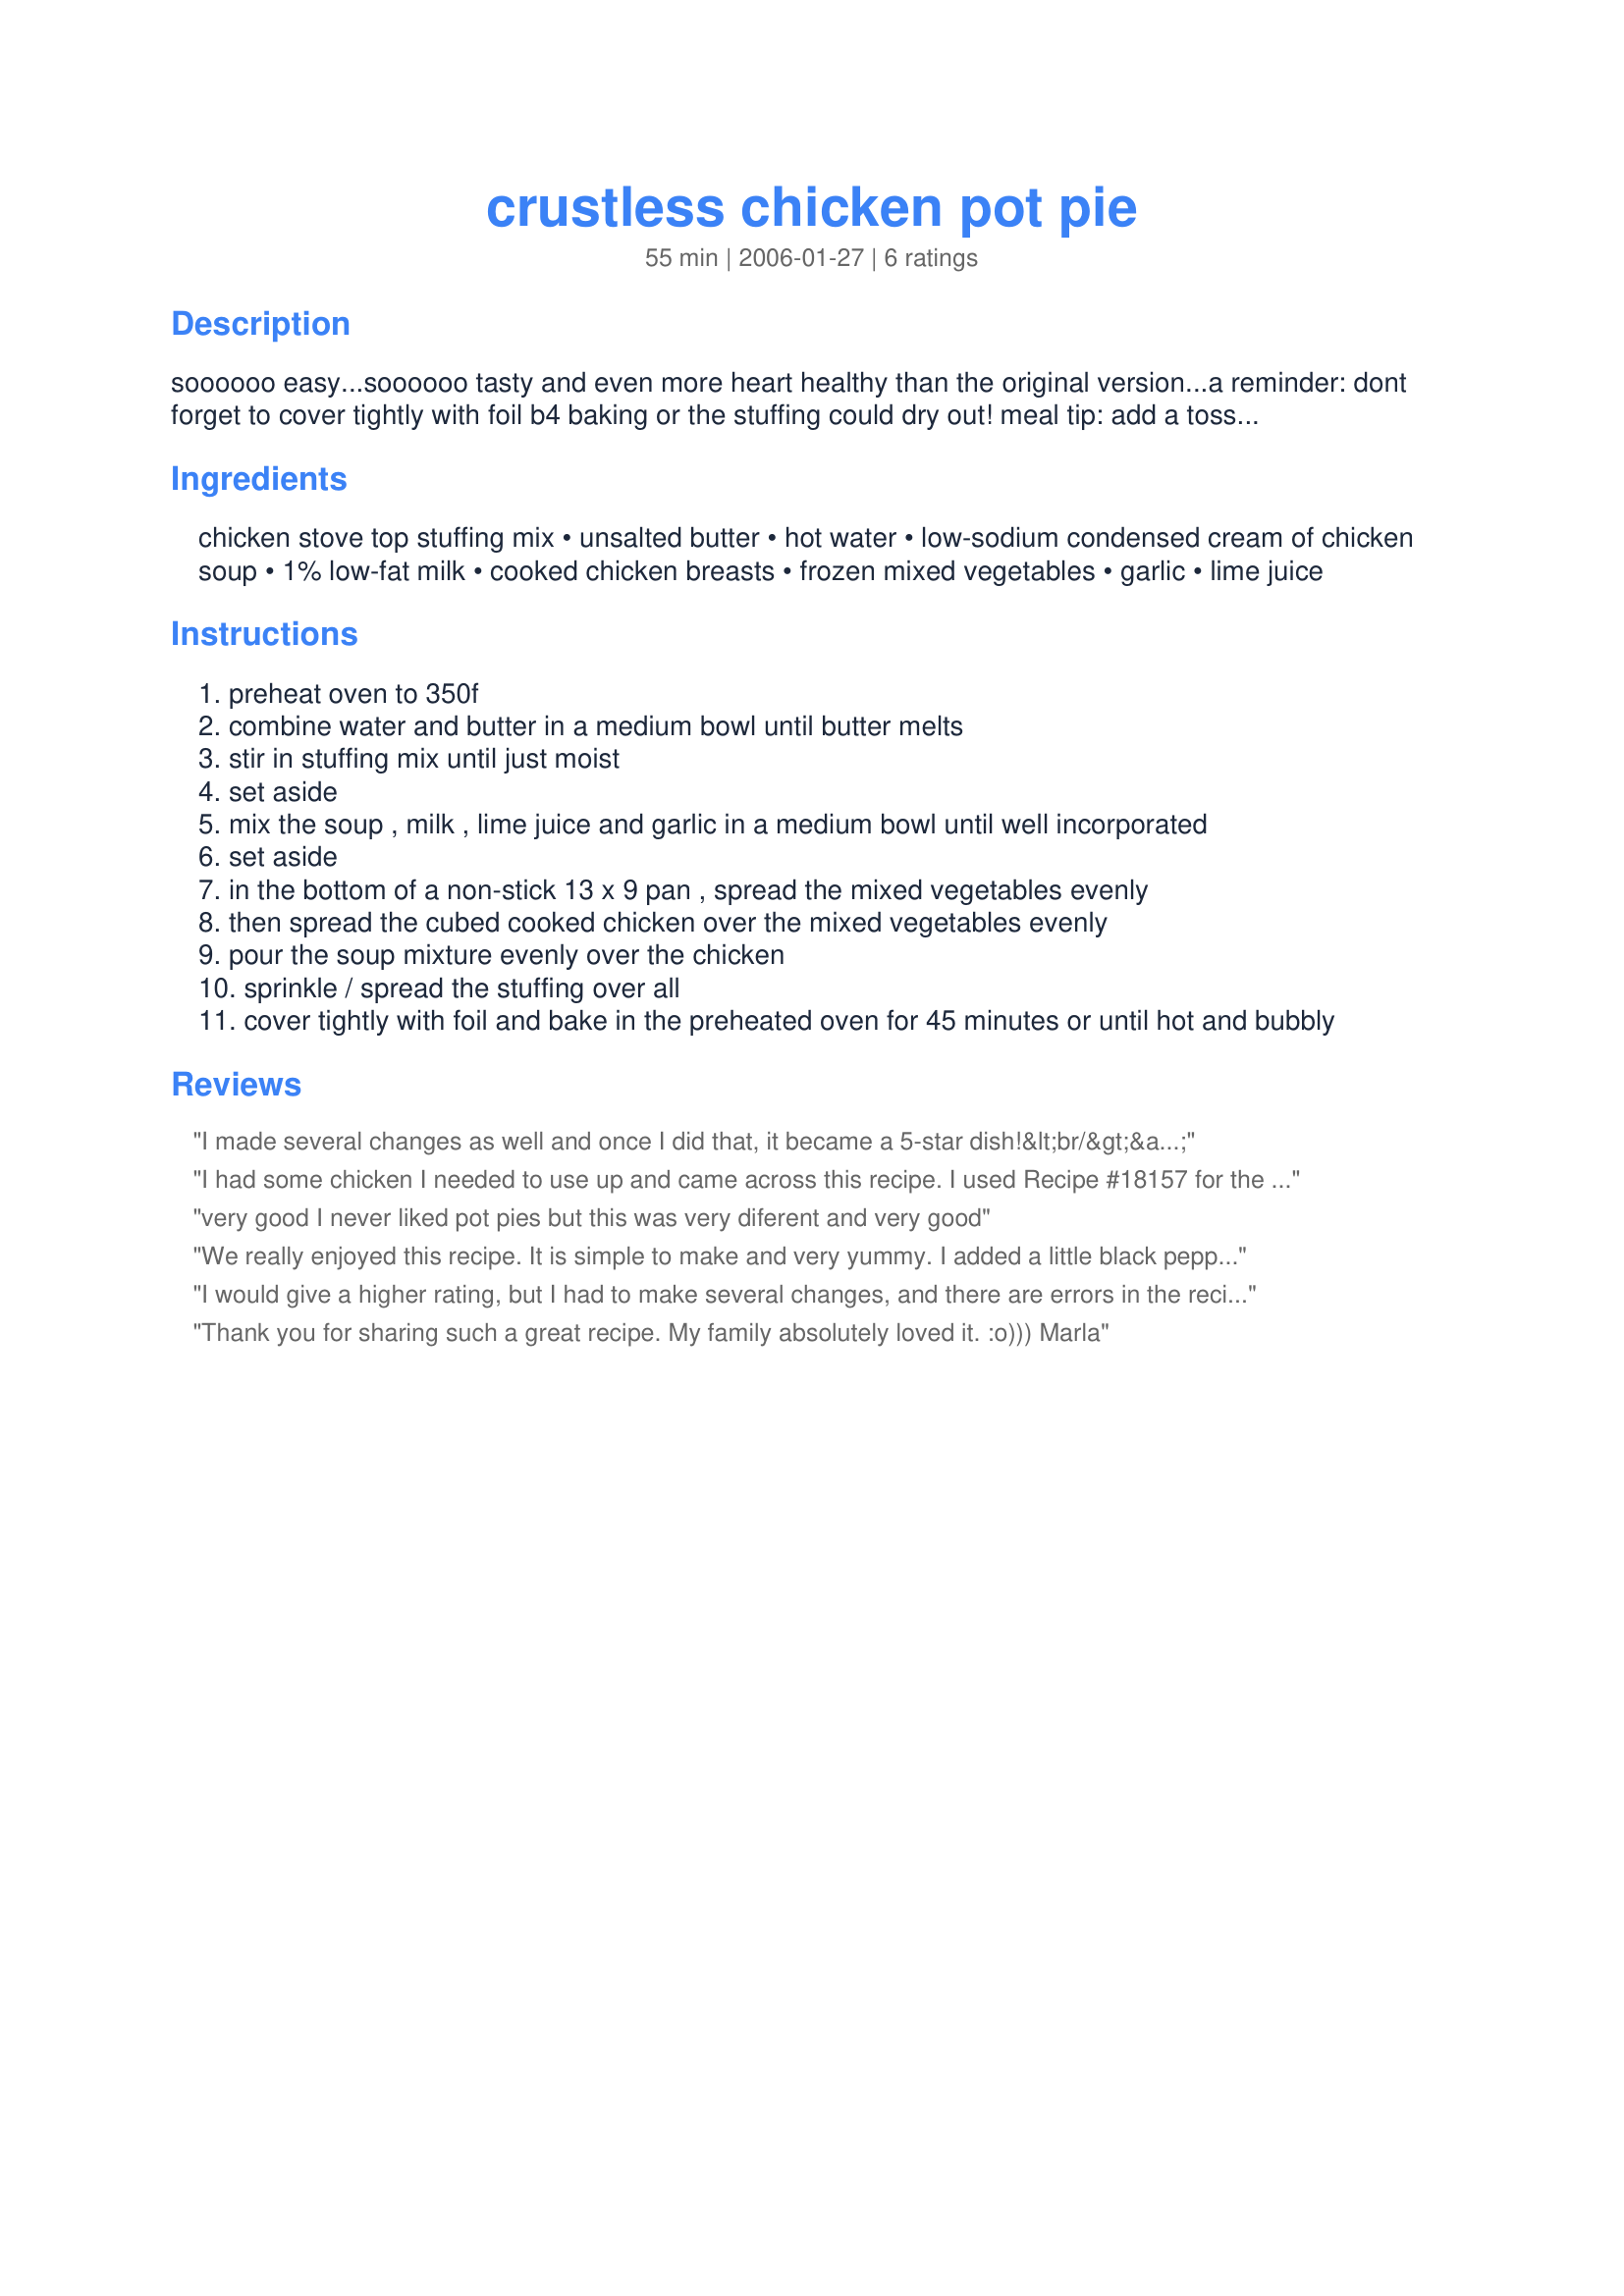
crustless chicken pot pie
Preparation time: 55 minutes

soooooo easy...soooooo tasty and even more heart healthy than the original version...a reminder: dont forget to cover tightly with foil b4 baking or the stuffing could dry out! meal tip: add a tossed salad and have dinner!

Ingredients:
chicken stove top stuffing mix, unsalted butter, hot water, low-sodium condensed cream of chicken soup, 1% low-fat milk, cooked chicken breasts, frozen mixed vegetables, garlic, lime juice

Steps:
preheat oven to 350f
combine water and butter in a medium bowl until butter melts
stir in stuffing mix until just moist
set aside
mix the soup , milk , lime juice and garlic in a medium bowl until well incorporated
set aside
in the bottom of a non-stick 13 x 9 pan , spread the mixed vegetables evenly
then spread the cubed cooked chicken over the mixed vegetables evenly
pour the soup mixture evenly over the chicken
sprinkle / spread the stuffing over all
cover tightly with foil and bake in the preheated oven for 45 minutes or until hot and bubbly

Reviews:
I made several changes as well and once I did that, it became a 5-star dish!&lt;br/&gt;&lt;br/&gt;After I read that it became dry, I made the following changes:&lt;br/&gt;-1 2/3 Cup of hot water (for the dressing mix)&lt;br/&gt;I also simmered 3T butter on the stove with some cutup onion and then I added that to the dressing once it was mixed with the hot water.&lt;br/&gt;-1 family-sized can of cream of chicken soup (instead of the small 10oz can)&lt;br/&gt;-NO garlic or lime juice&lt;br/&gt;&lt;br/&gt;Since there was concern of the dressing-topping becoming too dry during cooking, I also added an extra bit of the chicken stock created from boiling the chicken to the dressing mix. This made it very moist. &lt;br/&gt;&lt;br/&gt;After cooking the allotted time/temperature, it came out of the oven looking pretty soupy. The dressing-topping looked as if it had incorporated itself into the pie rather than staying on the top. We went ahead and immediately ate it anyhow; and it was delicious DESPITE its soupiness.&lt;br/&gt;&lt;br/&gt;NOW HERE&#039;S THE THING: After it sat on the stove for a while, the pie dried up! It was no longer soupy. It was PERFECT!----moist, not soupy. Even though it had been soupy at first, it did not affect the taste. It was still delish, but a little runny. &lt;br/&gt;&lt;br/&gt;So, my advice is to cook this when you have plenty of time (using my recipe changes) and let the pie sit at least an hour after removing from the oven.....it will be absolutely perfect! &lt;br/&gt;And by the way, my 13x9 dish was GONE at the end of the night (and I have a family of 3!) It was that good!
I had some chicken I needed to use up and came across this recipe. I used Recipe #18157 for the cream of chicken soup which made the mixture a bit thin. I also used canned veggies instead of frozen as this is a personal preference. I also only added 1/2 tablespoon of garlic and didn't add the lime juice. We thought it was good but thought it was too garlicy. We also thought it needed some other seasonings like salt and pepper. Because of the soup I used I baked for the 45 minutes and then uncovered and baked for another 20 minutes to help evaporate some of the extra liquid.
very good I never liked pot pies but this was very diferent and very good
We really enjoyed this recipe. It is simple to make and very yummy. I added a little black pepper and about 1/4 to 1/2 cup chicken broth because it seemed a little dry.
I would give a higher rating, but I had to make several changes, and there are errors in the recipe. First, Stove Top doesn't make an 8 ounce package, it's 6 ounces. Second, making it with 1 1/4 cups water and 3 tablespoons butter rather than the 1 2/3 cups water and 4 tablespoons made the stuffing unbearably dry before I even baked it, so I increased both to what was called for on the package. The garlic was overwhelming (and this coming from someone who loves garlic), and I added some poultry seasoning and onion to the soup mixture. I probably will be making this again, but with several changes.
Thank you for sharing such a great recipe. My family absolutely loved it. :o)))

Marla
